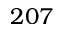
2 0 7